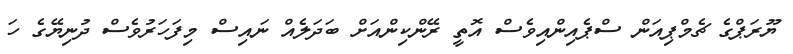
ޔޫރަޕްގެ ޗެމްޕިއަން ސްޕެއިންއިވެސް އޮތީ ރޭންކިންއަށް ބަދަލެއް ނައިސް މިފަހަރުވެސް ދުނިޔޭގެ ހަ